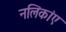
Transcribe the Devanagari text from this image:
नलिकांए